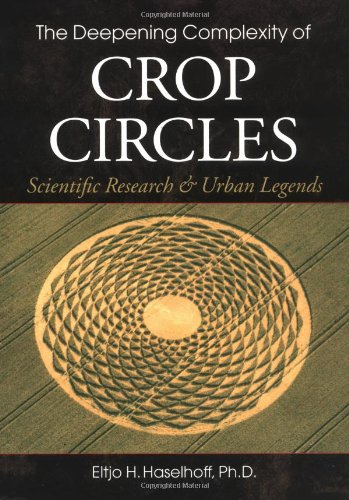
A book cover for The Deepening Complexity of Crop Circles: Scientific Research and Urban Legends; Eltjo Haselhoff; Science & Math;